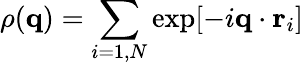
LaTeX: \rho(\textbf{q})=\sum_{i=1,N}\exp[-i\textbf{q}\cdot\textbf{r}_{i}]